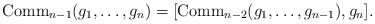
\begin{align*}\operatorname{Comm}_{n-1}(g_1 , \ldots, g_n ) = [\operatorname{Comm}_{n-2} (g_1, \ldots, g_{n-1}), g_n ].\end{align*}